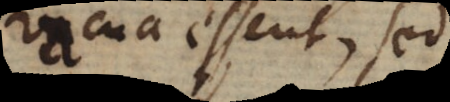
vacua essent, sed